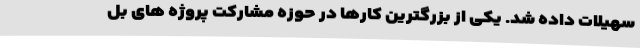
سهیلات داده شد. یکی از بزرگترین کارها در حوزه مشارکت پروژه های بل